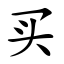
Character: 买